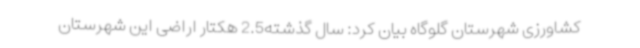
کشاورزی شهرستان گلوگاه بیان کرد: سال گذشته2.5 هکتار اراضی این شهرستان